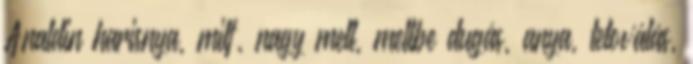
Analdin harisnya, milf, nagy mell, mellbe dugás, anya, tetoválás,